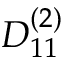
{ D } _ { 1 1 } ^ { ( 2 ) }